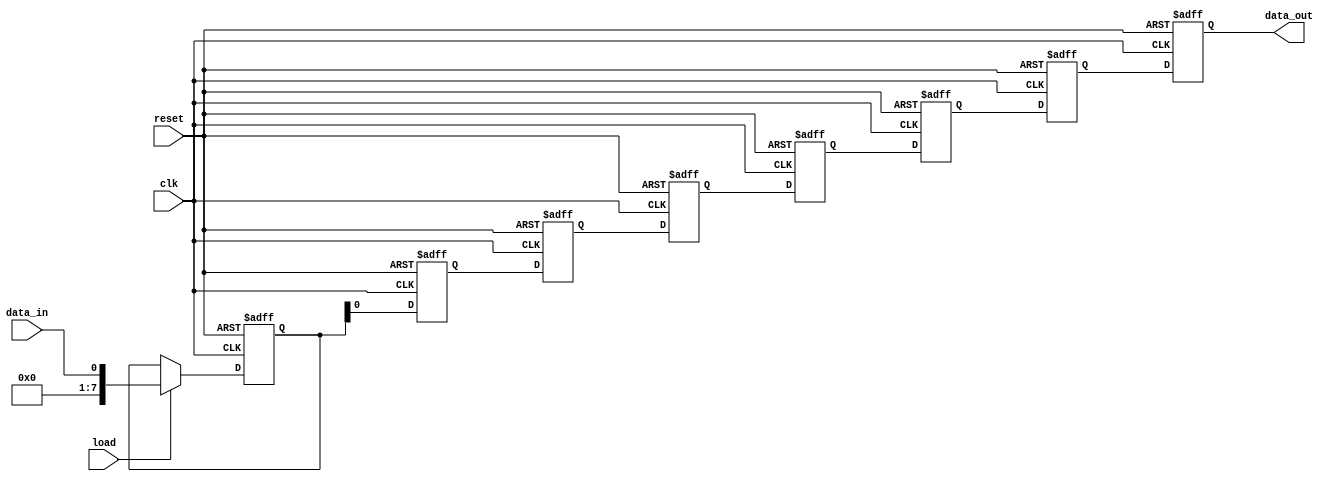
module shift_register (
    input wire clk,
    input wire reset,
    input wire load,
    input wire data_in,
    output wire data_out
);

reg [7:0] register [7:0];
reg [2:0] index;

always @(posedge clk or posedge reset) begin
    if (reset) begin
        for (index = 0; index < 8; index = index + 1) begin
            register[index] <= 8'b0;
        end
    end else begin
        if (load) begin
            register[0] <= data_in;
            for (index = 1; index < 8; index = index + 1) begin
                register[index] <= register[index - 1];
            end
        end else begin
            for (index = 1; index < 8; index = index + 1) begin
                register[index] <= register[index - 1];
            end
        end
    end
end

assign data_out = register[7];

endmodule